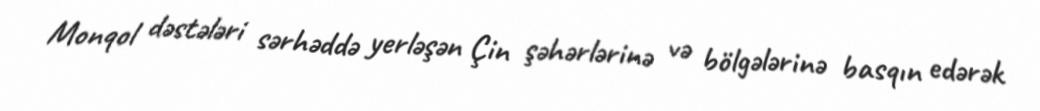
Monqol dəstələri sərhəddə yerləşən Çin şəhərlərinə və bölgələrinə basqın edərək